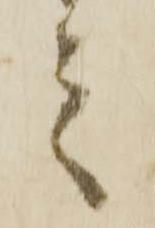
之